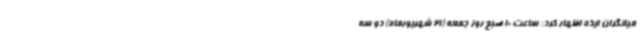
میانگران ایذه اظهار کرد: ساعت 10 صبح روز جمعه (21 شهریورماه) دو سه